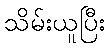
သိမ်းယူပြီး